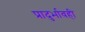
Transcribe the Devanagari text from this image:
प्रादुर्भावही